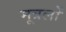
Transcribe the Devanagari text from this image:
मूत्रलों